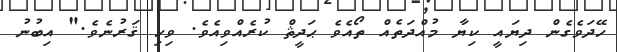
ހޭދަވެގެން ދިޔައީ ކިޔާ މުއްދަތެއް ތޯއެވެ ޙަދީޘް ކުރެއްވިއެވެ. ވިހި ޤަރުނެވެ." އިބުނު